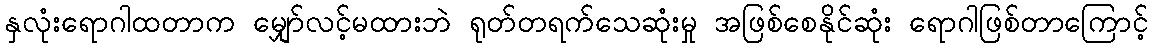
နှလုံးရောဂါထတာက မျှော်လင့်မထားဘဲ ရုတ်တရက်သေဆုံးမှု အဖြစ်စေနိုင်ဆုံး ရောဂါဖြစ်တာကြောင့်